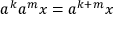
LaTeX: a ^ { k } a ^ { m } x = a ^ { k + m } x